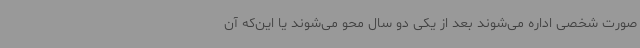
صورت شخصی اداره می‌شوند بعد از یکی دو سال محو می‌شوند یا این‌که آن